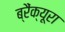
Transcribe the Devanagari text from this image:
ब्रैंक्यूरा